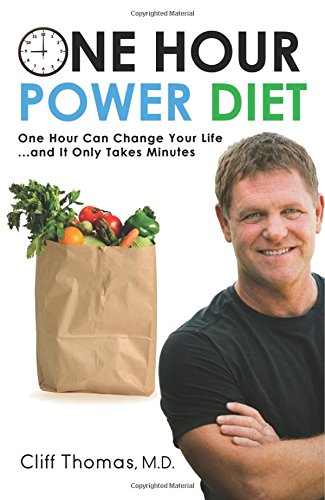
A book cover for One Hour Power Diet: One Hour Can Change Your Life and It Only Takes Minutes; Cliff Thomas; Health, Fitness & Dieting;